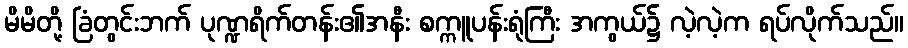
မိမိတို့ ခြံတွင်းဘက် ပုဏ္ဍရိက်တန်း၏အနီး စက္ကူပန်းရုံကြီး အကွယ်၌ လဲ့လဲ့က ရပ်လိုက်သည်။